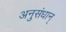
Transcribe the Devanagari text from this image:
अनुसंधान्